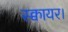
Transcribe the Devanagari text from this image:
स्क्वायर।